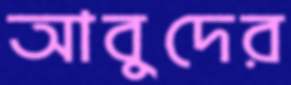
আবুদের